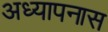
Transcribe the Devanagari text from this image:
अध्यापनास